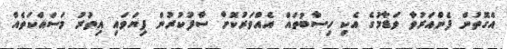
އެގޮތުން ފެންއަރުވާ ވަޑާމުގެ އެކި ހިސާބުތައް އެއްވަރުކޮށް ސާފުކުރުން ފިޔަވައި އިތުރު މަސައްކަތެއް